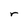
Character: r